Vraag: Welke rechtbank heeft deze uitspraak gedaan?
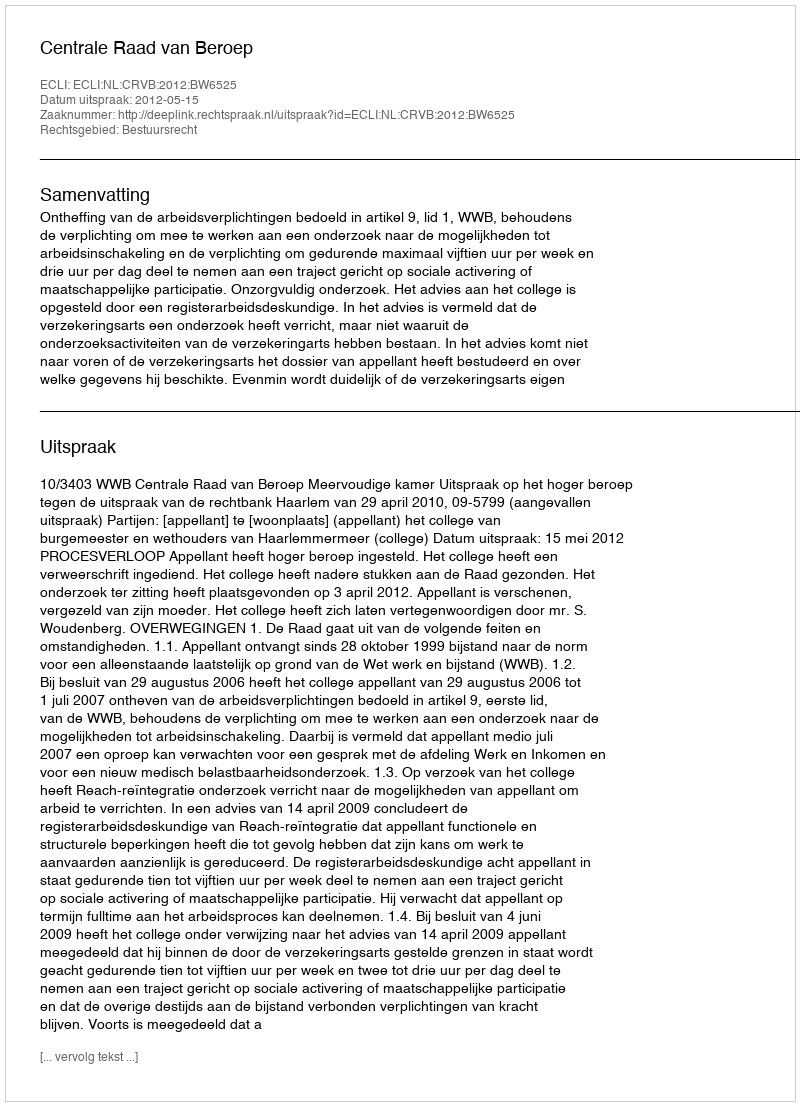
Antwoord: Centrale Raad van Beroep